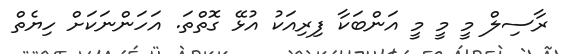
ރާސިލް މީ މީ މީ އަންބަކާ ފިރިއަކު އުޅޭ ގޮތްތަ. އަހަންނަކަށް ހިޔެތް